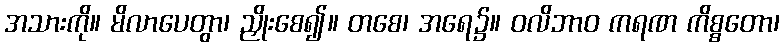
အသားကို။ မိလာပေတွာ၊ ညှိုးစေ၍။ တစေ၊ အရေ၌။ ဝလိဘာဝ ကရဏ ကိစ္စတော၊